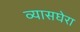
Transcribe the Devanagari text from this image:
व्यासघेरा